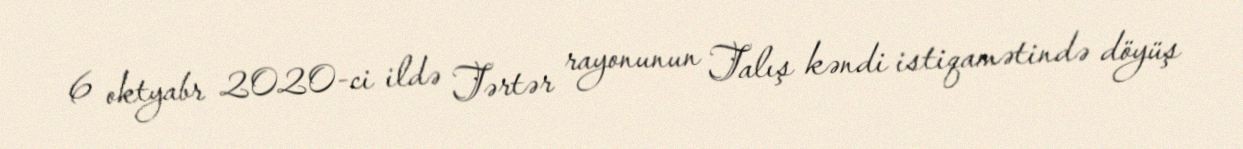
6 oktyabr 2020-ci ildə Tərtər rayonunun Talış kəndi istiqamətində döyüş